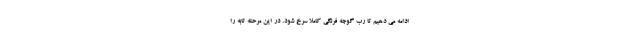
ادامه می دهیم تا رب گوجه فرنگی کاملا سرخ شود. در این مرحله تابه را